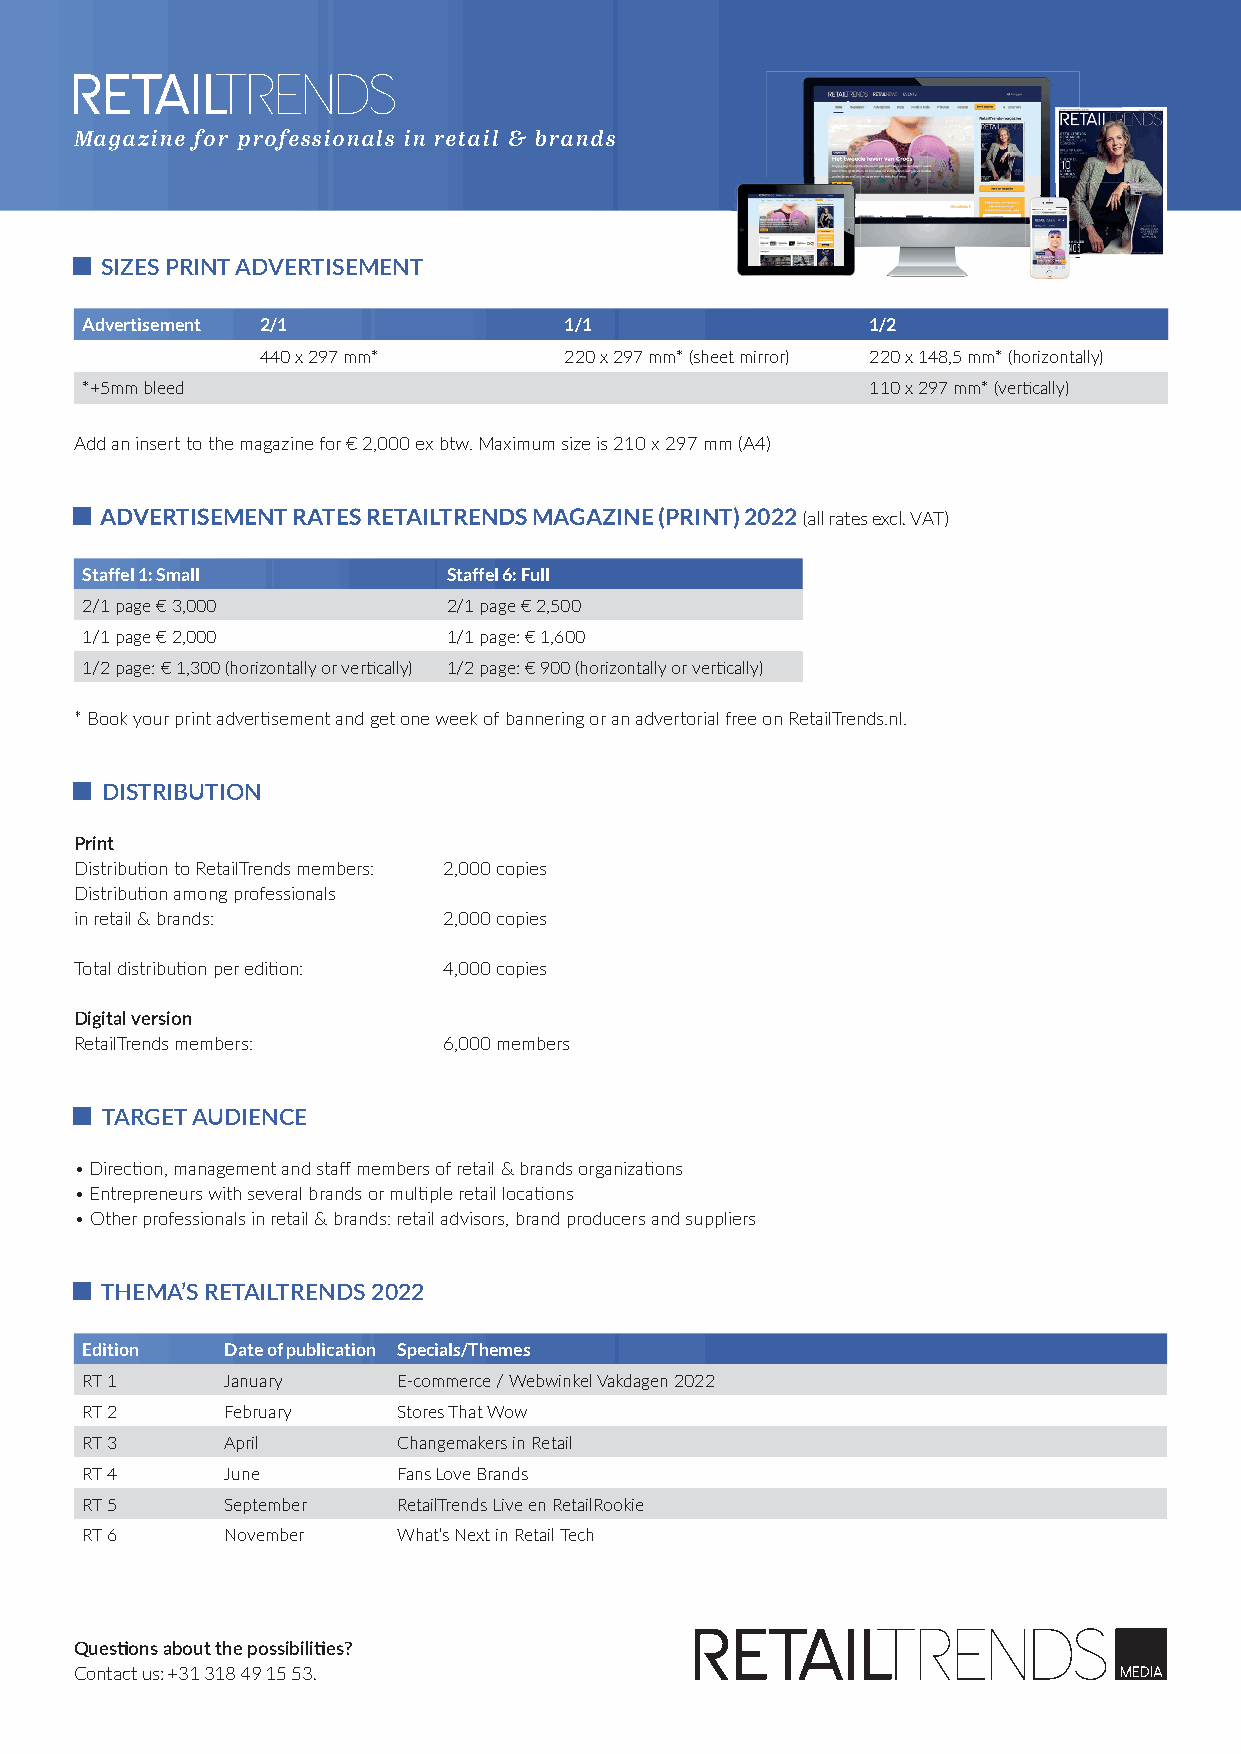
Magazine for professionals in retail & brands
 SIZES PRINT ADVERTISEMENT
 Advertisement 2/1               1/1                  1/2
 440 x 297 mm*       220 x 297 mm* (sheet mirror) 220 x 148,5 mm* (horizontally)
 *+5mm bleed                                          110 x 297 mm* (vertically)
 Add an insert to the magazine for € 2,000 ex btw. Maximum size is 210 x 297 mm (A4)
 ADVERTISEMENT RATES RETAILTRENDS MAGAZINE (PRINT) 2022 (all rates excl. VAT)
 Staffel 1: Small         Staffel 6: Full
 2/1 page € 3,000         2/1 page € 2,500
 1/1 page € 2,000         1/1 page: € 1,600
 1/2 page: € 1,300 (horizontally or vertically) 1/2 page: € 900 (horizontally or vertically)
 * Book your print advertisement and get one week of bannering or an advertorial free on RetailTrends.nl.
 DISTRIBUTION
 Print
 Distribution to RetailTrends members: 2,000 copies
 Distribution among professionals
 in retail & brands:     2,000 copies
 Total distribution per edition: 4,000 copies
 Digital version
 RetailTrends members:   6,000 members
 TARGET AUDIENCE
 • Direction, management and staff members of retail & brands organizations
 • Entrepreneurs with several brands or multiple retail locations
 • Other professionals in retail & brands: retail advisors, brand producers and suppliers
 THEMA’S RETAILTRENDS 2022
 Edition   Date of publication Specials/Themes
 RT 1      January    E-commerce / Webwinkel Vakdagen 2022
 RT 2      February   Stores That Wow
 RT 3      April      Changemakers in Retail
 RT 4      June       Fans Love Brands
 RT 5      September  RetailTrends Live en RetailRookie
 RT 6      November   What’s Next in Retail Tech
 Questions about the possibilities?
 Contact us: +31 318 49 15 53.